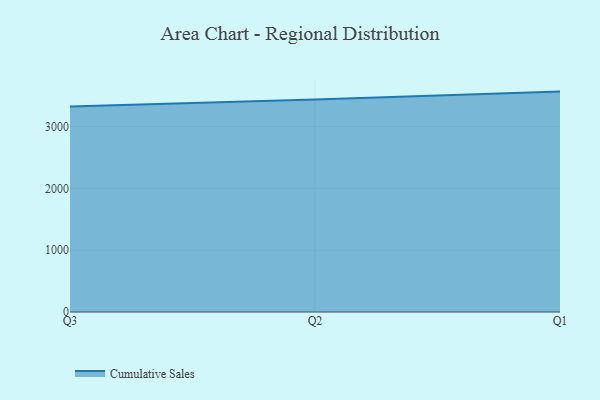
{"axis": {"x": "Quarter", "y": "Population (Million)"}, "legend": ["Cumulative Sales"], "data": [{"x": "Q3", "y": 3324.2, "type": "Cumulative Sales"}, {"x": "Q2", "y": 3436.0, "type": "Cumulative Sales"}, {"x": "Q1", "y": 3565.5, "type": "Cumulative Sales"}]}